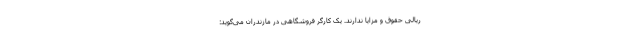
ریالی حقوق و مزایا ندارند. یک کارگر فروشگاهی در مازندران می‌گوید: